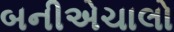
બનીએચાલો